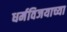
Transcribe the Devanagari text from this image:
धर्मविजयाच्या